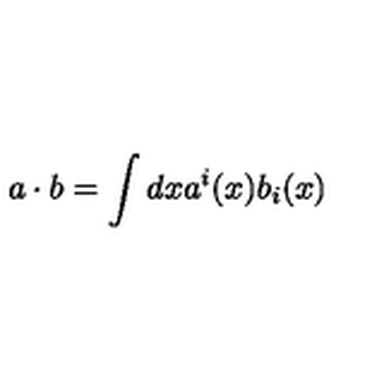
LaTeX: a \cdot b = \int d x a ^ { i } ( x ) b _ { i } ( x )